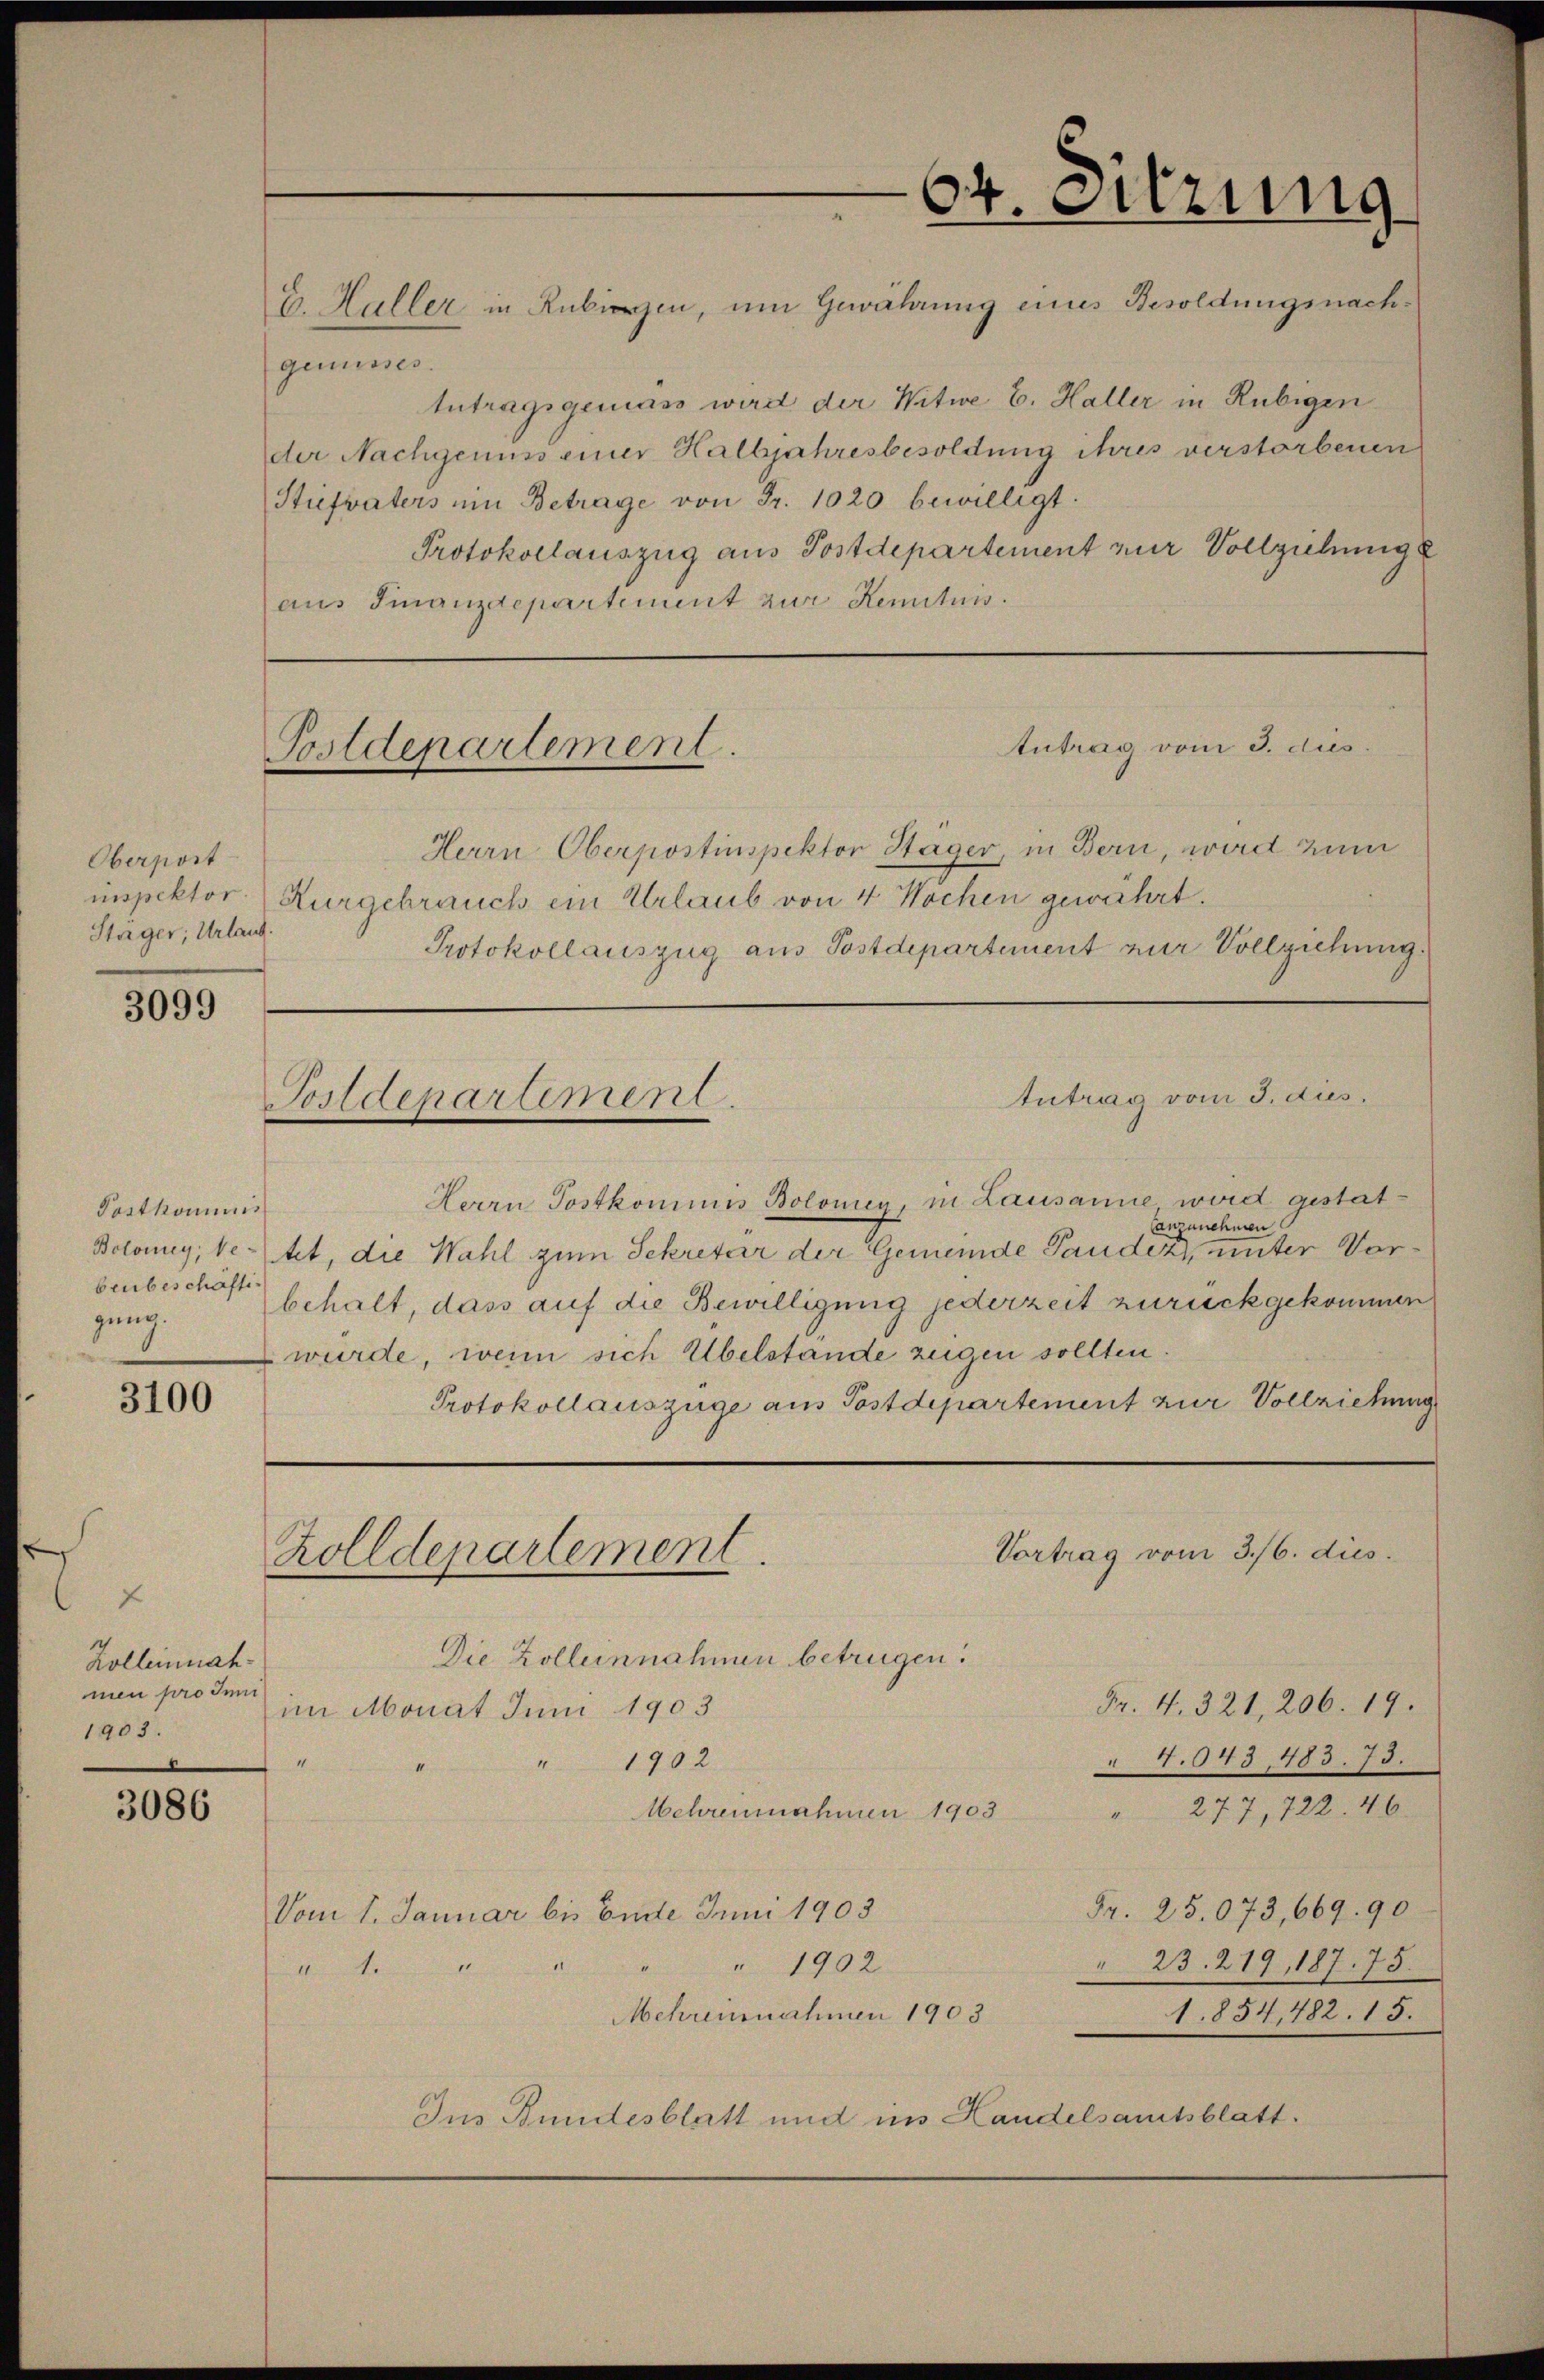
Oberport
Stager; Urlaut.

3099

Postkommis
beubeschäftigung.

3100

f
Zolleinnahmen pro Inn
1903.

3086

genusses.
tutragsgemäss wird der Witwe E. Haller in Rubigen
der Nachgenuss einer Halbjahresbesoldung ihres verstorbenen
Stiefvaters um Betrage von Fr. 1020 bewilligt.
Protokollauszug aus Postdepartement zur Vollziehung
aus Finanzdepartement zur Kenntnis.

Antrag vom 3. dies
Postdepartement.

Antrag vom 3. dies
Herrn Postkommnis Bolonig, in Lausanne wird gestatlanzunehmen
Bolomy, betet, die Wahl zum Sekretär der Gemeinde Panden, unter Vorbehalt, dass auf die Bewilligung jederzeit zurückgekommen
würde, wenn sich Übelstande zeigen sollten.
Protokollauszüge aus Postdepartement zur Vollziehung

Postdepartement.

E. Haller in Rubigen, um Gewährung eines Besoldungsnach¬

Herrn Oberpostinspektor Stäger, in Bern, wird zum
inspektor Kurgebrauch ein Urlaub von 4 Wochen gewährt.
Protokollauszug aus Postdepartement zur Vollziehung.

Vortrag vom 3./6. dies
Zolldepartement.
Die Zolleinnahmen betrügen.

64. Sitzung

im Monat Juni 1903
" 1902
Mehrensnahmen 1903
Fr. 25.073, 669. 90
Vom 1. Januar bis Ende Juni 1903
" 1902
23. 219, 187. 75.
ema
Mehrensnahmen 1903
1.854,482. 15.
Ins Bundesblatt und in Handelsamtsblatt.

Fr. 4. 321, 206. 19.
4.643, 483. 73.
" 277, 722. 46.